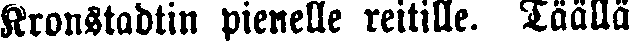
Kronstadtin pienelle reitille. Täällä